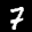
Label: 7